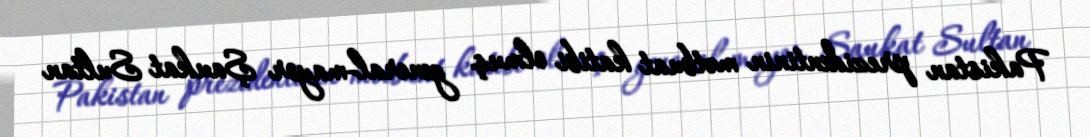
Pakistan prezidentinin mətbuat katibi olmuş general-mayor Şaukat Sultan